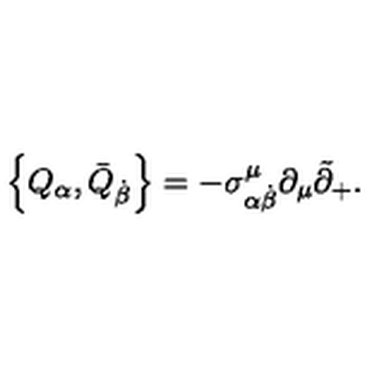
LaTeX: \left\{ Q _ { \alpha } , \bar { Q } _ { \dot { \beta } } \right\} = - \sigma _ { \alpha \dot { \beta } } ^ { \mu } \partial _ { \mu } \tilde { \partial } _ { + } .